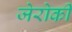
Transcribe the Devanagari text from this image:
जेरोकी